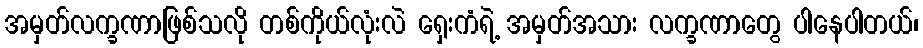
အမှတ်လက္ခဏာဖြစ်သလို တစ်ကိုယ်လုံးလဲ ရှေးကံရဲ့ အမှတ်အသား လက္ခဏာတွေ ပါနေပါတယ်၊